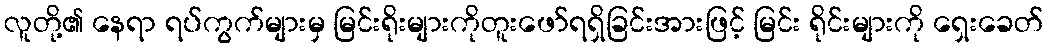
လူတို့၏ နေရာ ရပ်ကွက်များမှ မြင်းရိုးများကိုတူးဖော်ရရှိခြင်းအားဖြင့် မြင်း ရိုင်းများကို ရှေးခေတ်